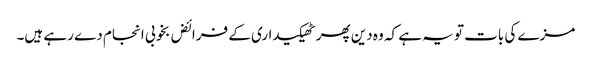
مزے کی بات تو یہ ہے کہ وہ دین پھر ٹھیکیداری کے فرائض بخوبی انجام دے رہے ہیں۔